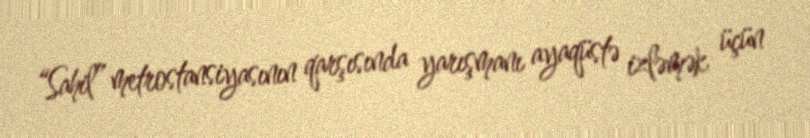
“Sahil” metrostansiyasının qarşısında yarışmanı ayaqüstə izləmək üçün